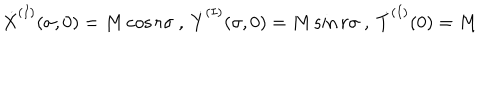
{ \dot { X } } ^ { ( I ) } ( \sigma , 0 ) = M \cos r \sigma ~ , ~ { \dot { Y } } ^ { ( I ) } ( \sigma , 0 ) = M \sin r \sigma ~ , ~ { \dot { T } } ^ { ( I ) } ( 0 ) = M